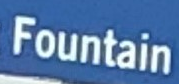
Fountain